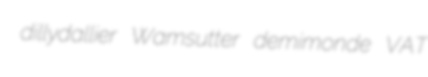
dillydallier Wamsutter demimonde VAT